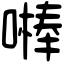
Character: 𠾴